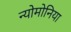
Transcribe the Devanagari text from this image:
न्योमोनिया